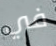
في